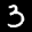
Label: 3